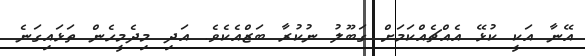
އޭނާ އަކީ ކުޅޭ އެއްޗެއްކަމަށް ގަބޫލު ނުކުރާ ބަޒްއެކެވެ. އަދި މިދެމީހެން ތަޅައިގަނެ